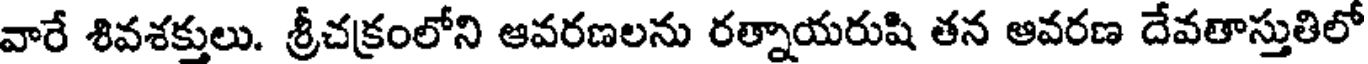
వారే శివశక్తులు. శ్రీచక్రంలోని ఆవరణలను రత్నాయరుషి తన ఆవరణ దేవతాస్తుతిలో